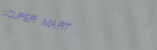
SUPER MART